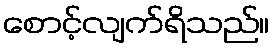
စောင့်လျက်ရိသည်။